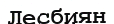
Лесбиян